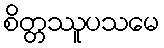
စိတ္တဿူပသမေ